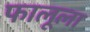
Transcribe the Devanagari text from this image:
फालूला